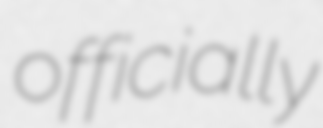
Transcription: officially